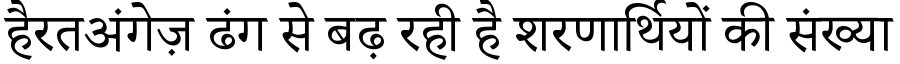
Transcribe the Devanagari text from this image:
हैरतअंगेज़ ढंग से बढ़ रही है शरणार्थियों की संख्या